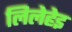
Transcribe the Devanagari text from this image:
लिलेहेइ